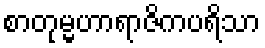
စာတုမ္မဟာရာဇိကပရိသာ